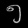
Digit: ၅